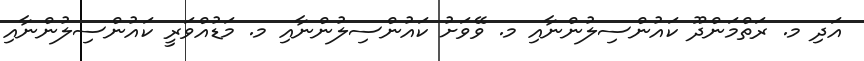
އަދި މ. ރަތްމަންދޫ ކައުންސިލުންނާއި މ. ވޭވަށު ކައުންސިލުންނާއި މ. މަޑުއްވަރީ ކައުންސިލުންނާއި